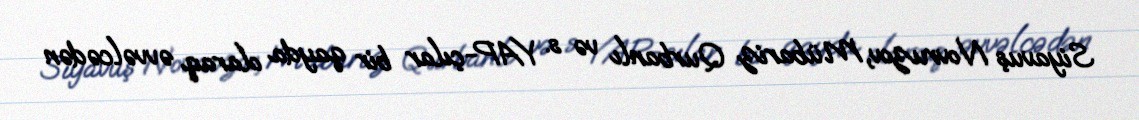
Siyavuş Novruzov, Mübariz Qurbanlı və s. YAP-çılar bir qayda olaraq əvvəlcədən